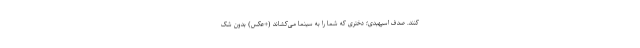
کنند. صدف اسپهبدی؛ دختری که شما را به سینما می‌کشاند (+عکس) بدون شک